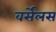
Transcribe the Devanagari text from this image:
वर्सेलस